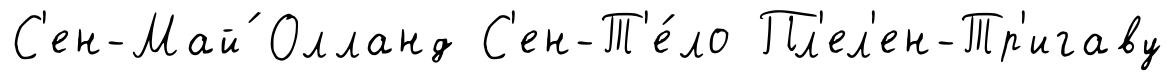
С'ен-Май́ Олланд С'ен-Т'е́ло Пл'ел'ен-Тр'игаву